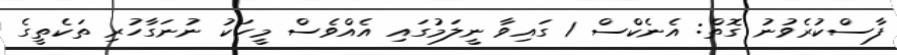
ފާސްކުރެވުނު ގޮތް: އެނެކްސް 1 ގައިވާ ނީލަމުގައި އެއްވެސް މީހަކު ނުނަގާހުރި ތަކެތީގެ